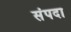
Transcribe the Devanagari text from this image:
संंपदा